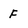
Character: F